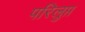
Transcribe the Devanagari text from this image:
परिलुप्त